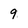
Character: 9